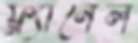
ফ্ল্যানেল